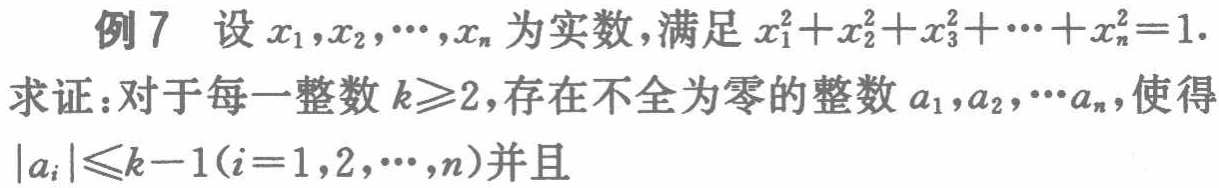
例 7 设 \(x_1,x_2,\cdots,x_n\) 为实数，满足 \(x_1^{2}+x_2^{2}+x_3^{2}+\cdots +x_n^{2}=1\).

求证：对于每一整数 \(k\geqslant2\)，存在不全为零的整数 \(a_1,a_2,\cdots a_n\)，使得 \(|a_i|\leqslant k - 1(i = 1,2,\cdots,n)\)并且